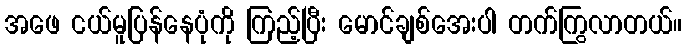
အဖေ ငယ်မူပြန်နေပုံကို ကြည့်ပြီး မောင်ချစ်အေးပါ တက်ကြွလာတယ်။